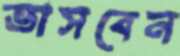
ভাসবেন